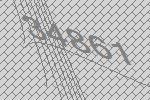
34861